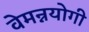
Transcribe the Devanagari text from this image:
वेमन्नयोगी